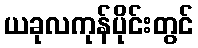
ယခုလကုန်ပိုင်းတွင်